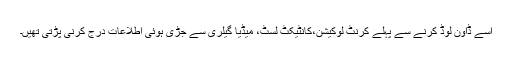
اسے ڈاؤن لوڈ کرنے سے پہلے کرنٹ لوکیشن،کانٹیکٹ لسٹ، میڈیا گیلری سے جڑی ہوئی اطلاعات درج کرنی پڑتی تھیں۔